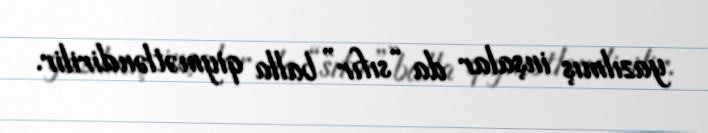
yazılmış inşalar da “sıfır” balla qiymətləndirilir.